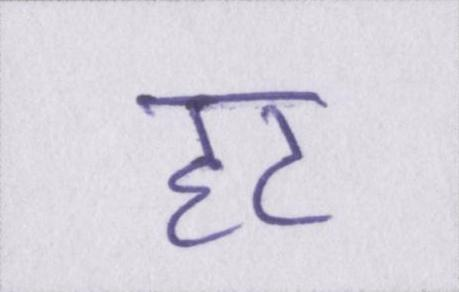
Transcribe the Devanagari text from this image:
हट